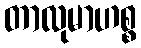
တာလုမာဟစ္စ